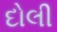
દોલી